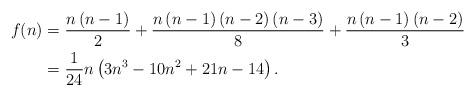
LaTeX: \begin{align*}f(n) & =\frac{n\left( n-1\right) }{2}+\frac{n\left( n-1\right) \left(n-2\right) \left( n-3\right) }{8}+\frac{n\left( n-1\right) \left(n-2\right) }{3}\\& =\allowbreak\frac{1}{24}n\left( 3n^{3}-10n^{2}+21n-14\right) .\end{align*}